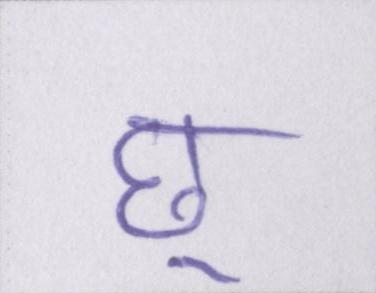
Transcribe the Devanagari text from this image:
छू